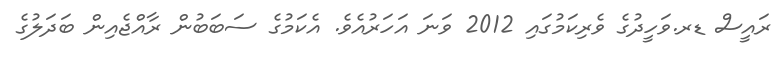
ރައީސް ޑރ.ވަހީދުގެ ވެރިކަމުގައި 2012 ވަނަ އަހަރުއެވެ. އެކަމުގެ ސަބަބުން ރާއްޖެއިން ބަދަލުގެ